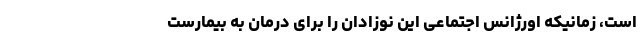
است، زمانیکه اورژانس اجتماعی این نوزادان را برای درمان به بیمارست